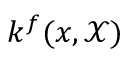
k ^ { f } ( x , \mathcal { X } )